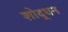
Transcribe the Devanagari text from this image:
शोद्धन